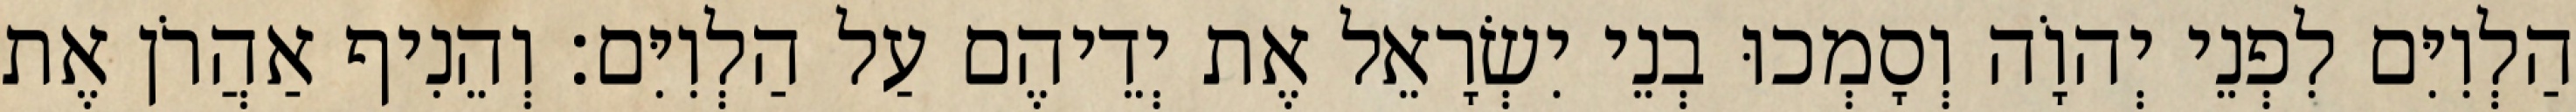
הַלְוִיִּם לִפְנֵי יְהוָֹה וְסָמְכוּ בְנֵי יִשְׂרָאֵל אֶת יְדֵיהֶם עַל הַלְוִיִּם׃ וְהֵנִיף אַהֲרֹן אֶת